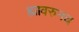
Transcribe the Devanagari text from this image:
ह्यावरुनच